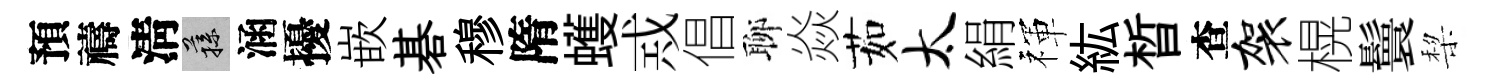
預禱淸蓀涵擾嵌碁穆隋蠖𢦶倡聊焱茹太絹禈紘晳查袈榥鬟棃